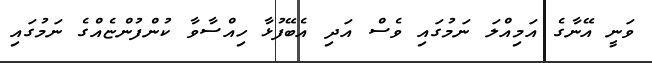
ވަނީ އޭނާގެ އަމިއްލަ ނަމުގައި ވެސް އަދި އެބޭފުޅާ ހިއްސާވާ ކުންފުންޏެއްގެ ނަމުގައި